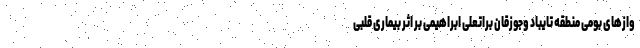
وازهای بومی منطقه تایباد وجوزقان براتعلی ابراهیمی بر اثر بیماری قلبی